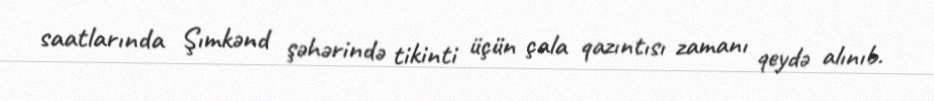
saatlarında Şımkənd şəhərində tikinti üçün çala qazıntısı zamanı qeydə alınıb.